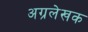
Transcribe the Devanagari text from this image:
अग्रलेखक